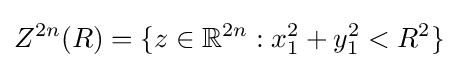
Z^{2n}(R)=\{z\in \mathbb {R} ^{2n}:x_{1}^{2}+y_{1}^{2}<R^{2}\}